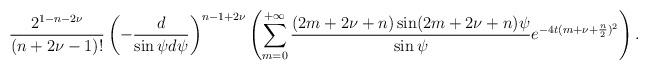
LaTeX: \begin{align*} \frac{2^{1-n-2\nu }}{(n+2\nu -1)!}\left( -\frac{d}{\sin \psi d\psi }\right) ^{n-1+2\nu }\left( \sum\limits_{m=0}^{+\infty }\frac{(2m+2\nu+n)\sin (2m+2\nu +n)\psi }{\sin \psi }e^{-4t(m+\nu +\frac{n}{2})^2}\right) .\end{align*}